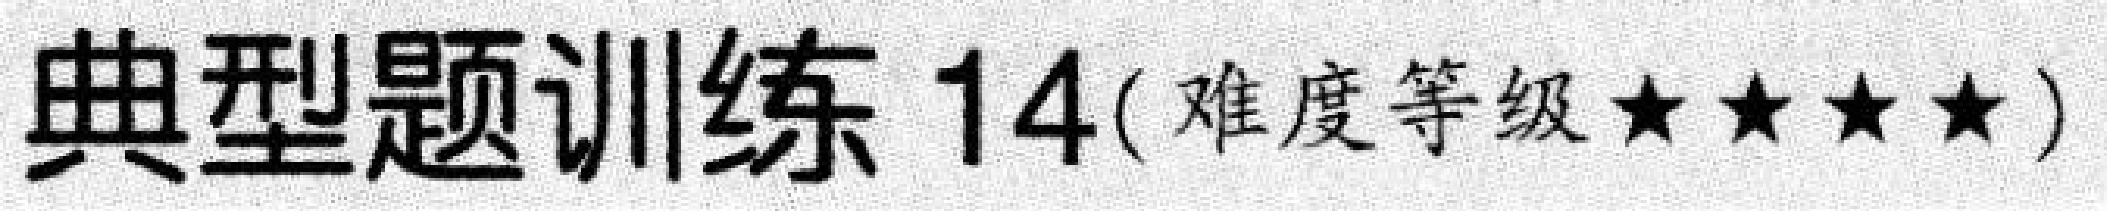
典型题训练 14(难度等级★★★★)